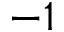
- 1